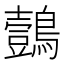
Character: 鷧